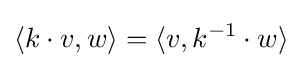
\langle k\cdot v,w\rangle =\langle v,k^{-1}\cdot w\rangle